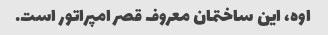
اوه، این ساختمان معروف قصر امپراتور است.